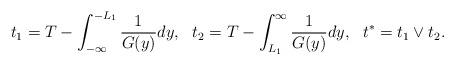
LaTeX: \begin{align*}t_{1}=T-\int_{-\infty}^{-L_{1}}\frac{1}{G(y)}dy,\ \ t_{2}=T-\int_{L_{1}}^{\infty}\frac{1}{G(y)}dy,\ \ t^{\ast}=t_{1}\vee t_{2}. \end{align*}